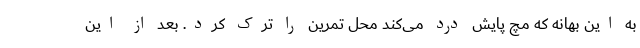
به این بهانه که مچ پایش درد می‌کند محل تمرین را ترک کرد. بعد از این